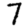
Digit: 7